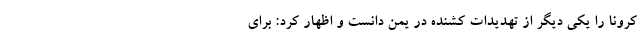
کرونا را یکی دیگر از تهدیدات کشنده در یمن دانست و اظهار کرد: برای